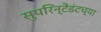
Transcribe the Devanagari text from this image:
सुपरिन्टेंडंटच्या